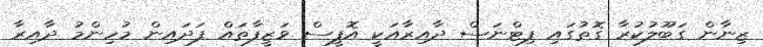
ޒިނާން ގަބޫލުކުރާ ގޮތުގައި ފިޓްނަސް ދާއިިރާއަކީ އޮފީސް ވަޒީފާތައް ފަދައިން މުހިންމު ދާއިރާ